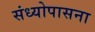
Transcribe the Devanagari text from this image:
संध्योपासना